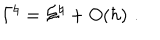
{ \Gamma } ^ { \natural } = { \Sigma } ^ { \natural } + O ( \hbar ) \, \, .